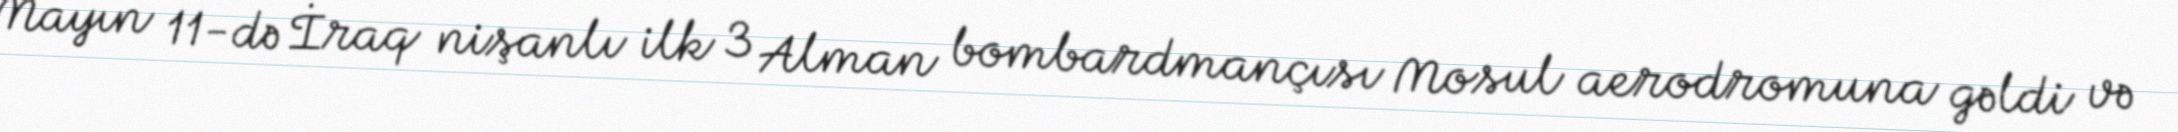
Mayın 11-də İraq nişanlı ilk 3 Alman bombardmançısı Mosul aerodromuna gəldi və